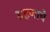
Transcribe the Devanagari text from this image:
ग्रहणाचे